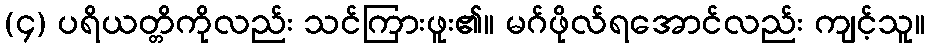
(၄) ပရိယတ္တိကိုလည်း သင်ကြားဖူး၏။ မဂ်ဖိုလ်ရအောင်လည်း ကျင့်သူ။